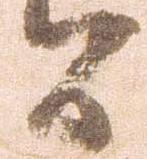
間